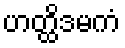
ဟတ္ထိဒမကံ